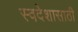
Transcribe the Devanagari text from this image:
स्वदेशासाठी